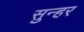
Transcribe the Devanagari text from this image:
सुन्हर